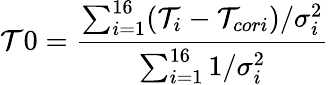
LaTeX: \mathcal{T}0=\frac{{\sum_{i=1}^{16}(\mathcal{T}_{i}-\mathcal{T}_{cori})/\sigma_{i}^{2}}}{{\sum_{i=1}^{16}1/\sigma_{i}^{2}}}